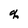
Character: q